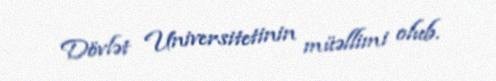
Dövlət Universitetinin müəllimi olub.